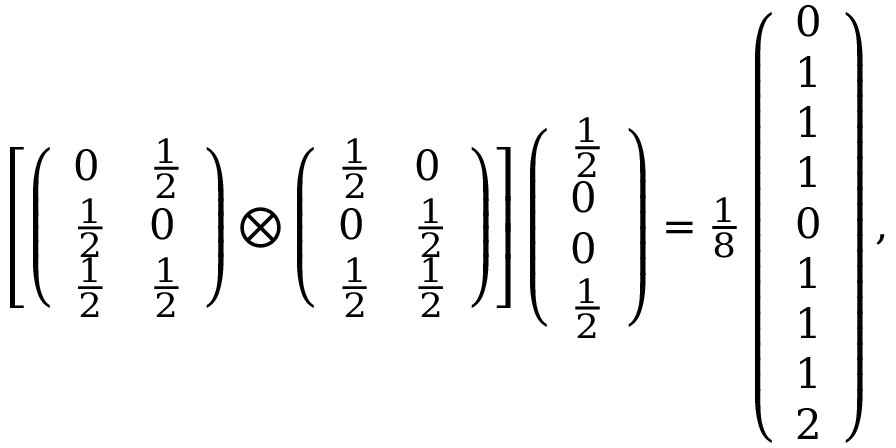
\begin{array} { r } { \left[ \left( \begin{array} { l l } { 0 } & { \frac { 1 } { 2 } } \\ { \frac { 1 } { 2 } } & { 0 } \\ { \frac { 1 } { 2 } } & { \frac { 1 } { 2 } } \end{array} \right) \bigotimes \left( \begin{array} { l l } { \frac { 1 } { 2 } } & { 0 } \\ { 0 } & { \frac { 1 } { 2 } } \\ { \frac { 1 } { 2 } } & { \frac { 1 } { 2 } } \end{array} \right) \right] \left( \begin{array} { l } { \frac { 1 } { 2 } } \\ { 0 } \\ { 0 } \\ { \frac { 1 } { 2 } } \end{array} \right) = \frac { 1 } { 8 } \left( \begin{array} { l } { 0 } \\ { 1 } \\ { 1 } \\ { 1 } \\ { 0 } \\ { 1 } \\ { 1 } \\ { 1 } \\ { 2 } \end{array} \right) , } \end{array}